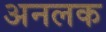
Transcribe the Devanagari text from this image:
अनलक